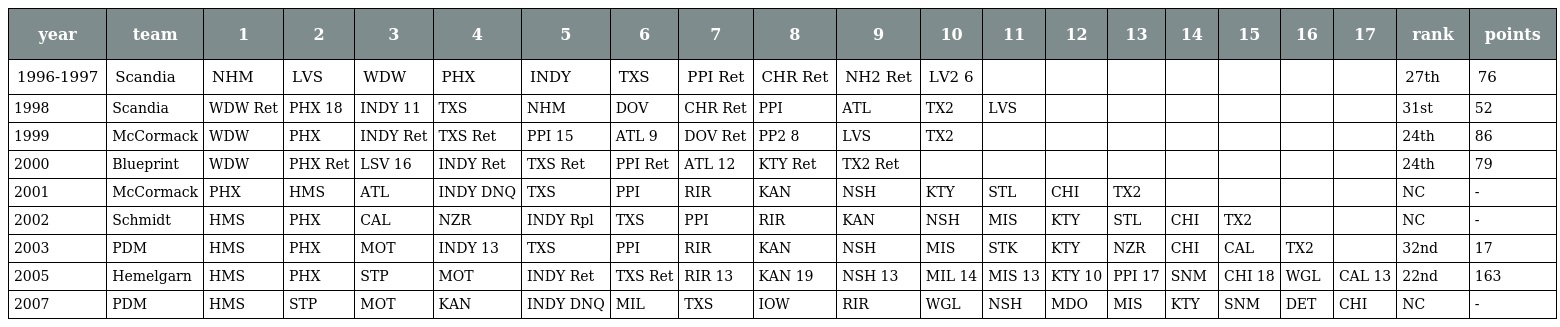
| year | team | 1 | 2 | 3 | 4 | 5 | 6 | 7 | 8 | 9 | 10 | 11 | 12 | 13 | 14 | 15 | 16 | 17 | rank | points |
 | --- | --- | --- | --- | --- | --- | --- | --- | --- | --- | --- | --- | --- | --- | --- | --- | --- | --- | --- | --- | --- |
 | 1996-1997 | Scandia | NHM | LVS | WDW | PHX | INDY | TXS | PPI Ret | CHR Ret | NH2 Ret | LV2 6 |  |  |  |  |  |  |  | 27th | 76 |
 | 1998 | Scandia | WDW Ret | PHX 18 | INDY 11 | TXS | NHM | DOV | CHR Ret | PPI | ATL | TX2 | LVS |  |  |  |  |  |  | 31st | 52 |
 | 1999 | McCormack | WDW | PHX | INDY Ret | TXS Ret | PPI 15 | ATL 9 | DOV Ret | PP2 8 | LVS | TX2 |  |  |  |  |  |  |  | 24th | 86 |
 | 2000 | Blueprint | WDW | PHX Ret | LSV 16 | INDY Ret | TXS Ret | PPI Ret | ATL 12 | KTY Ret | TX2 Ret |  |  |  |  |  |  |  |  | 24th | 79 |
 | 2001 | McCormack | PHX | HMS | ATL | INDY DNQ | TXS | PPI | RIR | KAN | NSH | KTY | STL | CHI | TX2 |  |  |  |  | NC | - |
 | 2002 | Schmidt | HMS | PHX | CAL | NZR | INDY Rpl | TXS | PPI | RIR | KAN | NSH | MIS | KTY | STL | CHI | TX2 |  |  | NC | - |
 | 2003 | PDM | HMS | PHX | MOT | INDY 13 | TXS | PPI | RIR | KAN | NSH | MIS | STK | KTY | NZR | CHI | CAL | TX2 |  | 32nd | 17 |
 | 2005 | Hemelgarn | HMS | PHX | STP | MOT | INDY Ret | TXS Ret | RIR 13 | KAN 19 | NSH 13 | MIL 14 | MIS 13 | KTY 10 | PPI 17 | SNM | CHI 18 | WGL | CAL 13 | 22nd | 163 |
 | 2007 | PDM | HMS | STP | MOT | KAN | INDY DNQ | MIL | TXS | IOW | RIR | WGL | NSH | MDO | MIS | KTY | SNM | DET | CHI | NC | - |